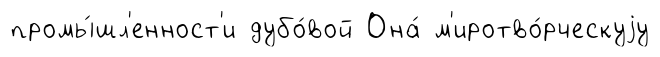
промы́шл'енност'и дубо́вой Она́ м'иротво́рческуjу